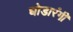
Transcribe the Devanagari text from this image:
घोडारंगी